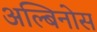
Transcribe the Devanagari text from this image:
अल्बिनोस